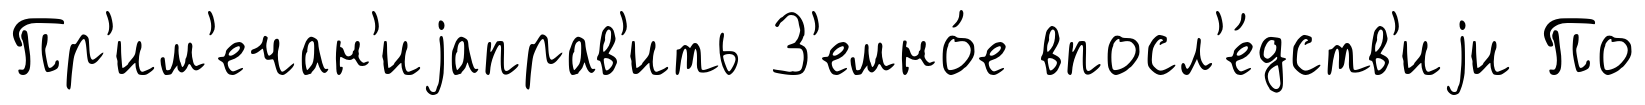
Пр'им'ечан'иjаправ'ить З'емно́е впосл'е́дств'иjи По